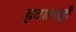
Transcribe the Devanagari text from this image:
हवालाही